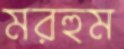
মরহুম